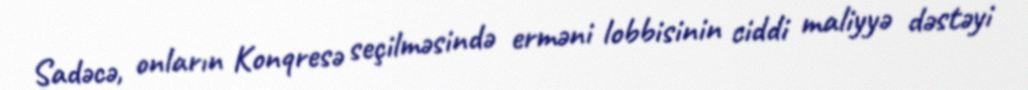
Sadəcə, onların Konqresə seçilməsində erməni lobbisinin ciddi maliyyə dəstəyi